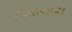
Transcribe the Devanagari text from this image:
सैन्यांबरोबर